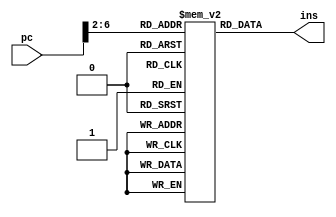
`timescale 1ns / 1ps
//////////////////////////////////////////////////////////////////////////////////
// Company: 
// Engineer: 
// 
// Design Name: 
// Module Name:    ins_mem 
// Project Name: 
// Target Devices: 
// Tool versions: 
// Description: 
//
// Dependencies: 
//
// Revision: 
// Revision 0.01 - File Created
// Additional Comments: 
//
//////////////////////////////////////////////////////////////////////////////////
module ins_mem(pc, ins);

	input [31:0] pc;
	output [31:0] ins;
	
	parameter INS_MEM_SIZE = 32;
	
	reg [31:0] mem [INS_MEM_SIZE-1:0];

	//register
	assign ins = mem [ pc[31:2] ];

endmodule